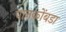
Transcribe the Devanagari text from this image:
पानकोंबडा